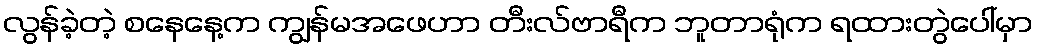
လွန်ခဲ့တဲ့ စနေနေ့က ကျွန်မအဖေဟာ တီးလ်ဗာရီက ဘူတာရုံက ရထားတွဲပေါ်မှာ